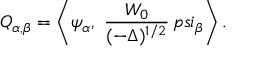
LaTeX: Q _ { \alpha , \beta } = \left< \psi _ { \alpha } , \ { \frac { W _ { 0 } } { ( - \Delta ) ^ { 1 / 2 } } } \, p s i _ { \beta } \right> .